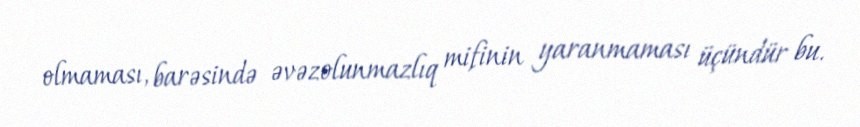
olmaması, barəsində əvəzolunmazlıq mifinin yaranmaması üçündür bu.